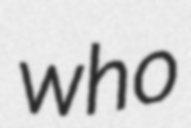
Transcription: who